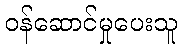
ဝန်ဆောင်မှုပေးသူ